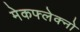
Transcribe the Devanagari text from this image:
मेकफ्लेक्नो